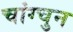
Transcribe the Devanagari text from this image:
चांग्चुन